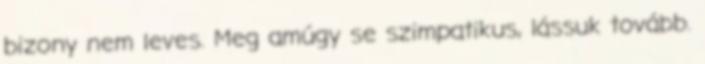
bizony nem leves. Meg amúgy se szimpatikus, lássuk tovább.